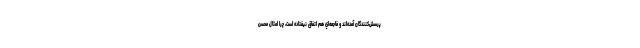
پرسش‌كنندگان آمده‌اند و فاجعه‌اي هم اتفاق نيفتاده است، چرا امثال محسن